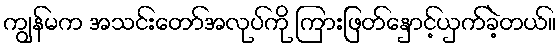
ကျွန်မက အသင်းတော်အလုပ်ကို ကြားဖြတ်နှောင့်ယှက်ခဲ့တယ်။